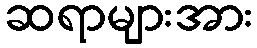
ဆရာများအား